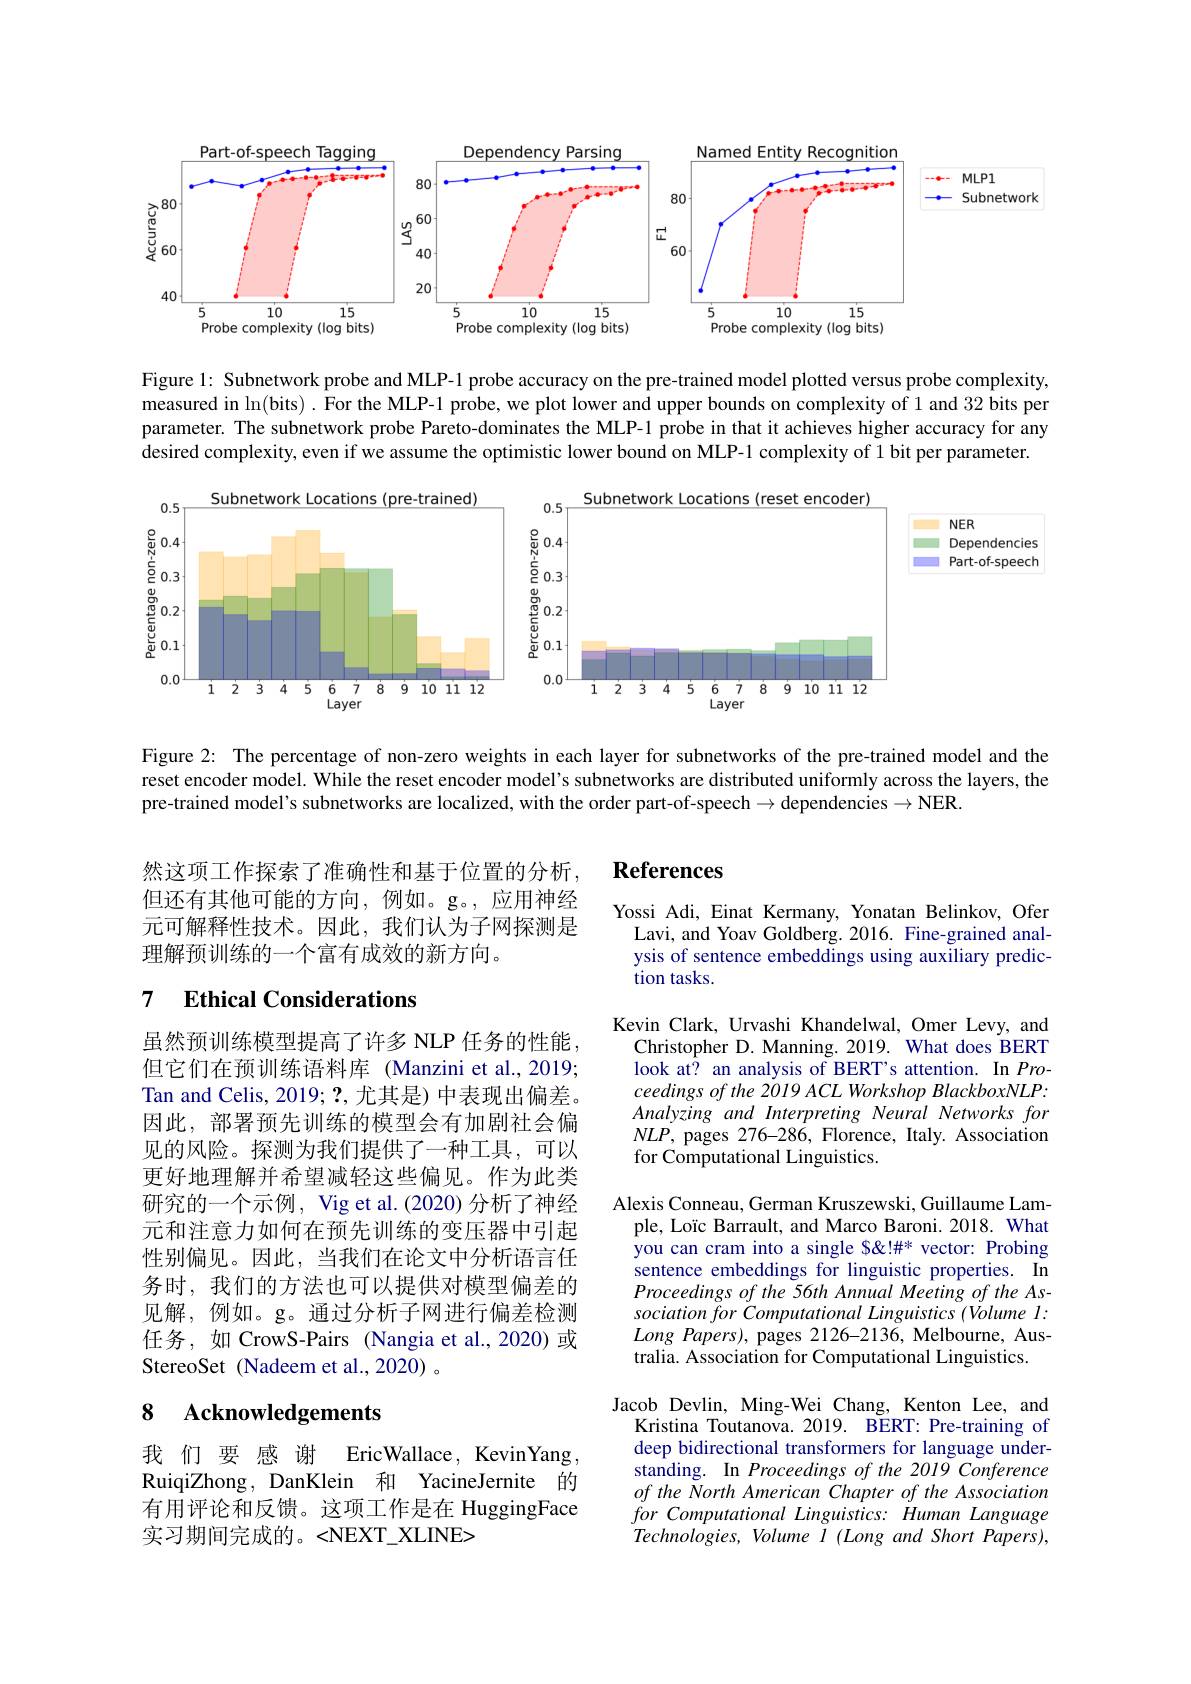
<FigureHere>

Figure 1: Subnetwork probe and MLP-1 probe accuracy on the pre-trained model plotted versus probe complexity, $\tilde{\text{measured in }\ln(\text{bits). \^{F}or the MLP-1 probe, we plot lower and upper bounds on complexity of 1 and 32 bits per}}$ parameter. The subnetwork probe Pareto-dominates the MLP-1 probe in that it achieves higher accuracy for any desired complexity, even if we assume the optimistic lower bound on MLP-1 complexity of 1 bit per parameter.

<FigureHere>

Figure 2: The percentage of non-zero weights in each layer for subnetworks of the pre-trained model and the reset encoder model. While the reset encoder model's subnetworks are distributed uniformly across the layers, the pre-trained model's subnetworks are localized, with the order part-of-speech $\to$dependencies$\to$NER.

# References

然这项工作探索了准确性和基于位置的分析， 但还有其他可能的方向，例如。g。,应用神经元可解释性技术。因此，我们认为子网探测是理解预训练的一个富有成效的新方向。

Yossi Adi, Einat Kermany, Yonatan Belinkov, Ofer
Lavi, and Yoav Goldberg. 2016. Fine-grained analysis of sentence embeddings using auxiliary prediction tasks.

## 7 $\textbf{Ethical Considerations}$

Kevin Clark, Urvashi Khandelwal, Omer Levy, and
Christopher D. Manning. 2019. What does BERT look at? an analysis of BERT's attention. In Pro- $ceedingsofthe2019ACLWorkshopBlackboxNLP:$ Analyzing and Interpreting Neural Networks for $NLP$, pages 276-286, Florence, Italy. Association for Computational Linguistics.

虽然预训练模型提高了许多 NLP 任务的性能但它们在预训练语料库 (Manzini et al.,2019; Tan and Celis, 2019; ?,尤其是) 中表现出偏差。因此，部署预先训练的模型会有加剧社会偏见的风险。探测为我们提供了一种工具，可以更好地理解并希望减轻这些偏见。作为此类研究的一个示例，Vig et al.(2020) 分析了神经元和注意力如何在预先训练的变压器中引起性别偏见。因此，当我们在论文中分析语言任务时，我们的方法也可以提供对模型偏差的见解，例如。g。通过分析子网进行偏差检测任务，如 CrowS-Pairs (Nangia et al.,2020)或StereoSet (Nadeem et al.,2020) 。

Alexis Conneau, German Kruszewski, Guillaume Lample, Loïc Barrault, and Marco Baroni. 2018. What you can cram into a single $" vector: Probing sentence embeddings for linguistic properties. In Proceedings of the 56th Annual Meeting of the Association for Computational Linguistics (Volume l: $Long~Papers),~$pages 2126-2136, Melbourne, Australia. Association for Computational Linguistics.

### $\textbf{8}$ $\textbf{Acknowledgements}$

Jacob Devlin, Ming-Wei Chang, Kenton Lee, and
Kristina Toutanova. 2019. BERT: Pre-training of deep bidirectional transformers for language understanding. In Proceedings of the 2019 Conference of the North American Chapter of the Association for Computational Linguistics: Human Language Technologies, Volume I (Long and Short Papers),

我 们 要 感 谢 EricWallace, KevinYang RuiqiZhong, DanKlein 和 YacineJernite 的$\dot{\text{有用评论和反馈。这项工作是在 HuggingFace}}$ 实习期间完成的。<NEXT_XLINE>